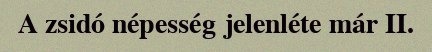
A zsidó népesség jelenléte már II.